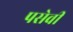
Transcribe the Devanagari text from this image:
पसेवी